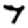
Digit: 7